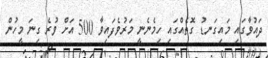
ދައުވާގައި މައިގަނޑު ގޮތެއްގައި ހިމެނެނީ މަރުވެފައިވާ 500 އަށް ވުރެ ގިނަ މީހުން